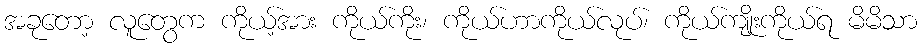
အခုတော့ လူတွေက ကိုယ့်အား ကိုယ်ကိုး၊ ကိုယ်ဟာကိုယ်လုပ်၊ ကိုယ်ကျိုးကိုယ်ရ မိမိသာ